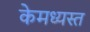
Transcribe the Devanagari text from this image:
केमध्यस्त